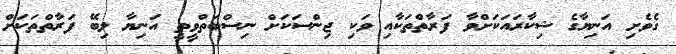
ގެވެށި އަނިޔާގެ ޝިކާރައަކަށްވާ ފަރާތްތަކާއި ވަކި ޖިންސަކަށް ނިސްބަތްވީތީ އަނިޔާ ލިބޭ ފަރާތްތަކަށް